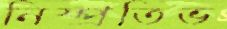
নিষ্প্রতিভ